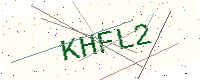
Text: KHFL2